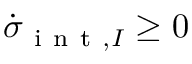
\dot { \sigma } _ { \mathrm { ~ i ~ n ~ t ~ } , I } \ge 0